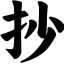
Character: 抄